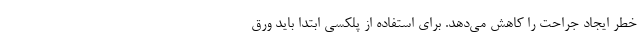
خطر ایجاد جراحت را کاهش می‌دهد. برای استفاده از پلکسی ابتدا باید ورق